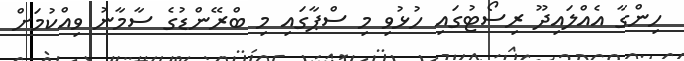
ހިންގާ އެއްލައިދޫ ރިސޯޓުގައި ހުޅުވި މި ސްޕާގައި މި ބްރޭންޑުގެ ސާމާނު ވިއްކުމަށް